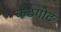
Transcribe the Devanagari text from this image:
कठगोट